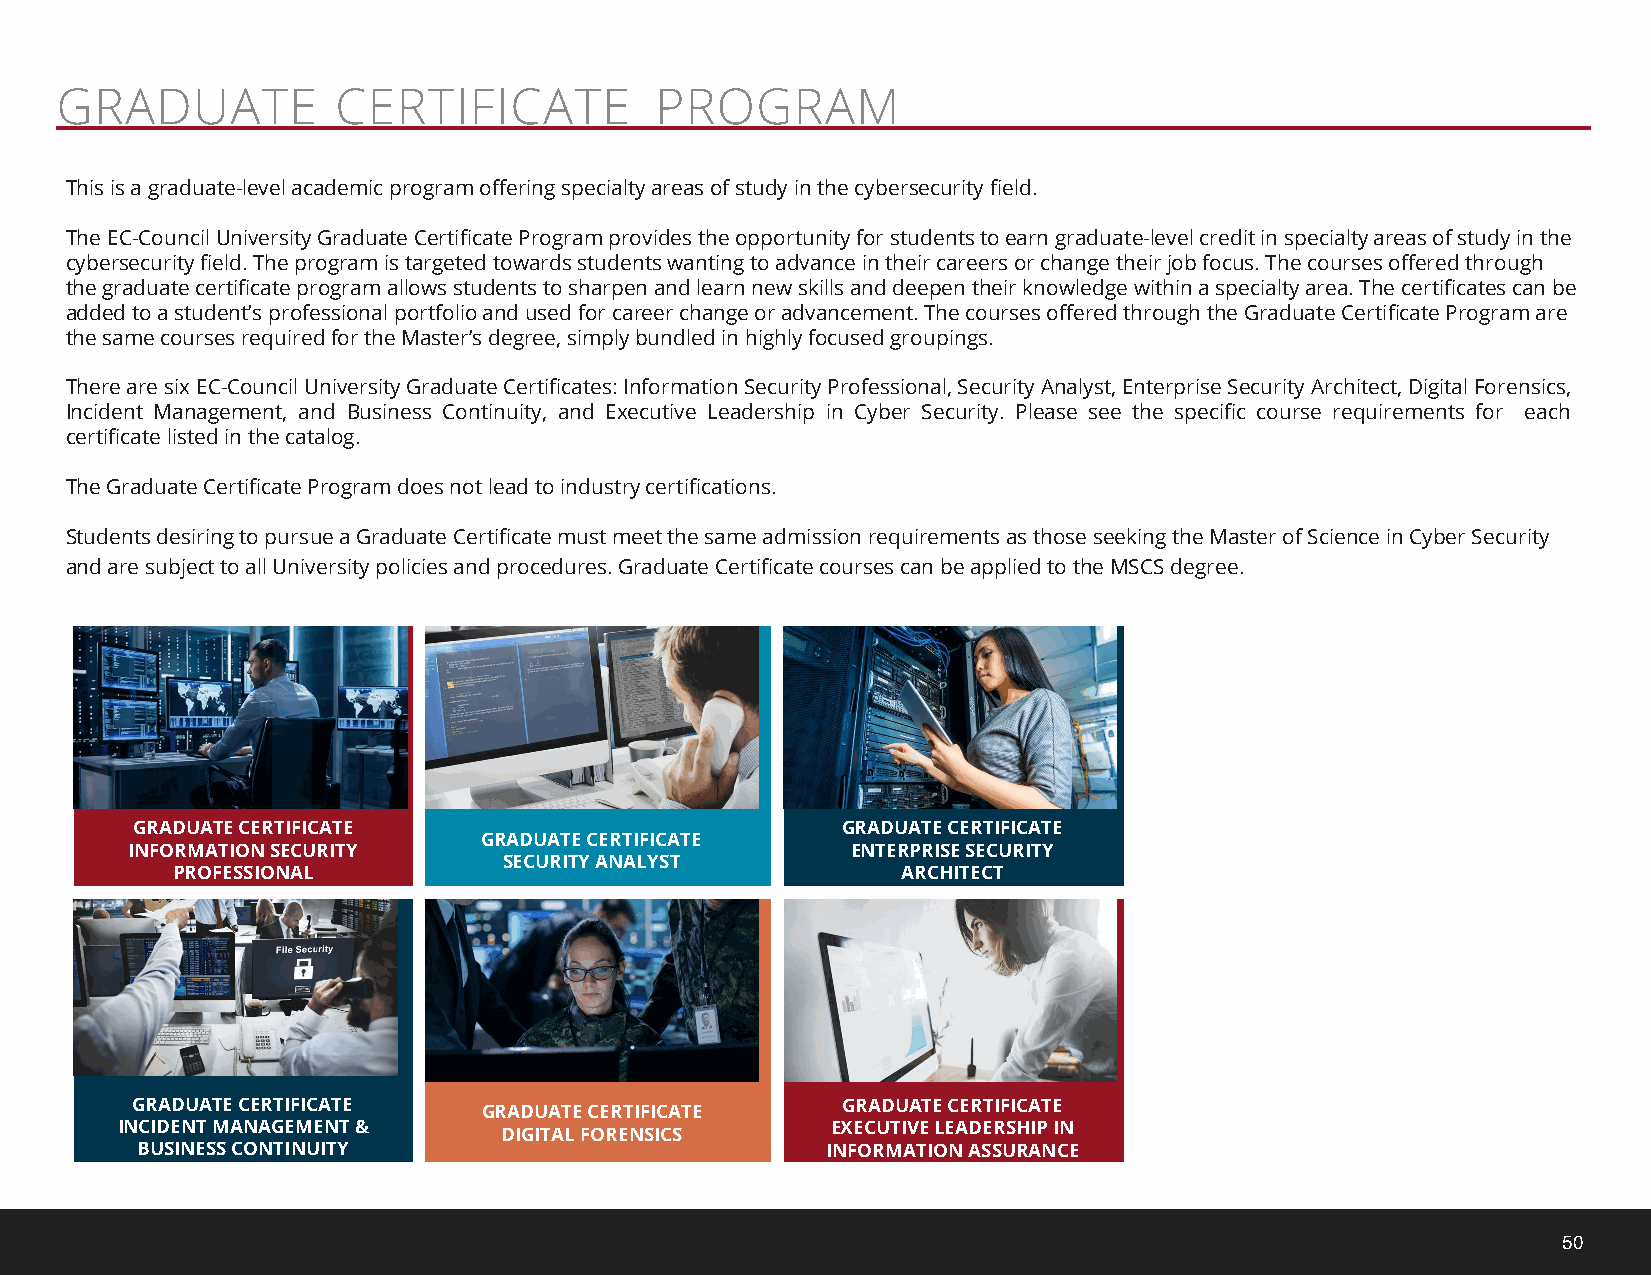
GRADUATE          CERTIFICATE          PROGRAM
 This is a graduate-level academic program offering specialty areas of study in the cybersecurity field.
 The EC-Council University Graduate Certificate Program provides the opportunity for students to earn graduate-level credit in specialty areas of study in the
 cybersecurity field. The program is targeted towards students wanting to advance in their careers or change their job focus. The courses offered through
 the graduate certificate program allows students to sharpen and learn new skills and deepen their knowledge within a specialty area. The certificates can be
 added to a student’s professional portfolio and used for career change or advancement. The courses offered through the Graduate Certificate Program are
 the same courses required for the Master’s degree, simply bundled in highly focused groupings.
 There are six EC-Council University Graduate Certificates: Information Security Professional, Security Analyst, Enterprise Security Architect, Digital Forensics,
 Incident Management, and Business Continuity, and Executive Leadership in Cyber Security. Please see the specific course requirements for each
 certificate listed in the catalog.
 The Graduate Certificate Program does not lead to industry certifications.
 Students desiring to pursue a Graduate Certificate must meet the same admission requirements as those seeking the Master of Science in Cyber Security
 and are subject to all University policies and procedures. Graduate Certificate courses can be applied to the MSCS degree.
 GRADUATE CERTIFICATE                           GRADUATE CERTIFICATE
 GRADUATE CERTIFICATE
 INFORMATION SECURITY                            ENTERPRISE SECURITY
 SECURITY ANALYST
 PROFESSIONAL                                     ARCHITECT
 GRADUATE CERTIFICATE   GRADUATE CERTIFICATE    GRADUATE CERTIFICATE
 INCIDENT MANAGEMENT &    DIGITAL FORENSICS     EXECUTIVE LEADERSHIP IN
 BUSINESS CONTINUITY                           INFORMATION ASSURANCE
 50